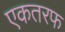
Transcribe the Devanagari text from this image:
एकतरफ